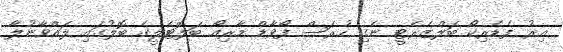
އިރު ފެޑެރިކޯ ބަލްޒެރެޓީ ނެގި ހުރަސް ފޯވާޑް މާރިއޯ ބަލޮޓެލީގެ ބޮލުގައި ލައްވާނުލާ